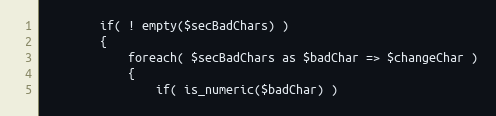
Language: PHP
        if( ! empty($secBadChars) )
        {
            foreach( $secBadChars as $badChar => $changeChar )
            {
                if( is_numeric($badChar) )